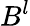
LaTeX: B^{l}